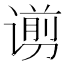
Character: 谫